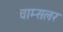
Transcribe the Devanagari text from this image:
चाम्सलर